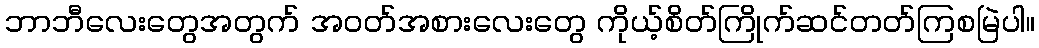
ဘာဘီလေးတွေအတွက် အဝတ်အစားလေးတွေ ကိုယ့်စိတ်ကြိုက်ဆင်တတ်ကြစမြဲပါ။